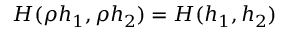
H ( \rho h _ { 1 } , \rho h _ { 2 } ) = H ( h _ { 1 } , h _ { 2 } )